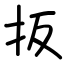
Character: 扳